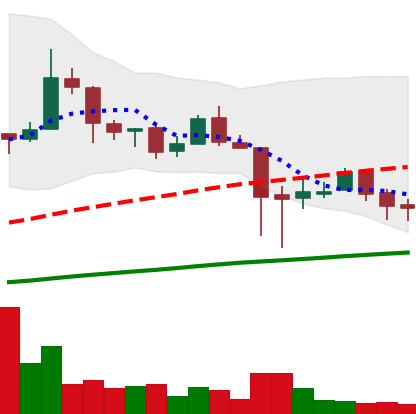
Ticker: LTC-USD
Chart end date: 2018-01-23
Forward return: 9.031%
Label: up_7plus